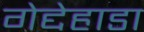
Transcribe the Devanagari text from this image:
गेद्देहाडा